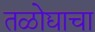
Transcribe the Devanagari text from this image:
तळोद्याचा